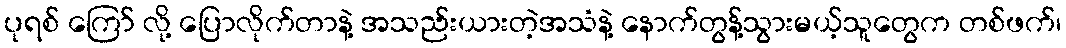
ပုရစ် ကြော် လို့ ပြောလိုက်တာနဲ့ အသည်းယားတဲ့အသံနဲ့ နောက်တွန့်သွားမယ့်သူတွေက တစ်ဖက်၊